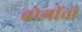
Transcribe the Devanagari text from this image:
बोगींची